Civil Veterinary Dept. Bombay admin report 1907-1913 - 1907-1913
Year: 1907
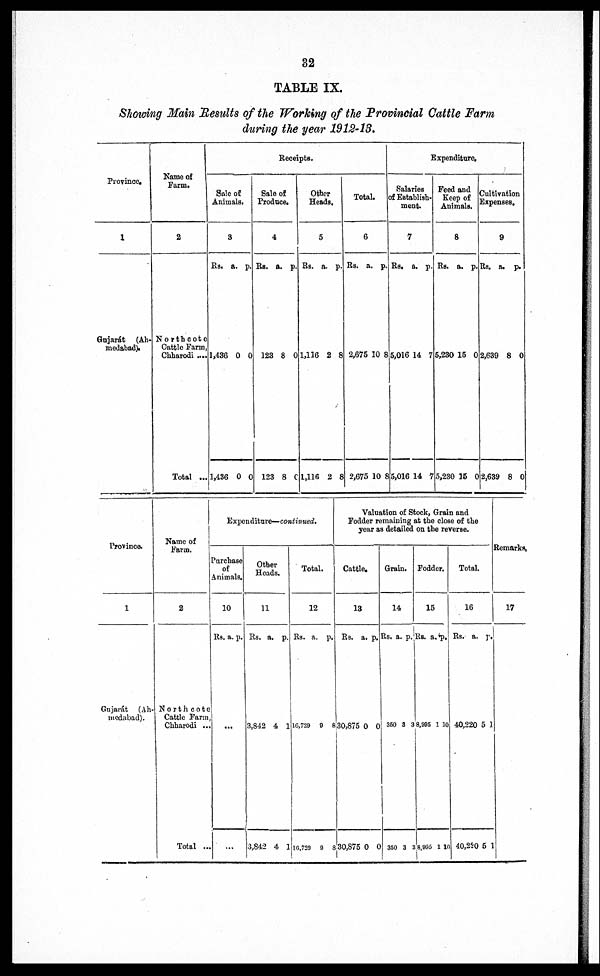
82
TABLE IX
Showing Main Results of the Working of the Provincial Cattle Farm
during the year 1912-13.
Province.
1
Gujarát (Ah-
medabad).
Name of
Farm.
2
Northeoto
Cattle Farm,
Chharodi ....
Total ...
Receipts.
Sale of
Animals.
3
Rs. a. p.
1,436 0 0
1,486 0 0
Sale of
Produce.
4
Rs. a. p.
128 8 0
123 8 0
Other
Heads.
5
Rs. a. p.
1,116 2 8
1,116 2 8
Total.
6
Rs. a. p.
2,675 10 8
2,675 10 8
Expenditure.
Salaries
of Establish-
ment.
7
Rs. a. p.
5,016 14 7
5,016 14 7
Feed and
Keep of
Animals.
8
Rs. a. p.
5,280 15 0
5,280 15 0
Cultivation
Expenses.
9
Rs. a. p.
2,639 8 0
2,639 8 0
Province.
1
Gujarát (Ah-
medabad).
Name of
Farm.
2
North cote
Cattle Farm
Chharodi ...
Total ...
Expenditure—continued.
Purchase
of
Animals.
10
Rs. a. p.
...
...
Other
Heads.
11
Rs. a. p.
3,842 4 1
3,842 4 1
Total.
12
Rs. a. p.
16,729 9 8
10,720 9 8
Valuation of Stock, Grain and
Fodder remaining at the close of the
year as detailed on the reverse.
Cattle.
13
Rs. a. p.
30,875 0 0
30,875 0 0
Grain.
14
Rs. a. p.
350 3 3
360 3 3
Fodder.
15
Rs. a. p.
8,805 1 10
8,905 1 10
Total.
16
Rs. a. p.
40,220 5 1
40,250 5 1
Remarks.
17